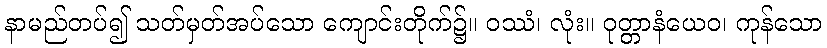
နာမည်တပ်၍ သတ်မှတ်အပ်သော ကျောင်းတိုက်၌။ ဝဿံ၊ လုံး။ ဝုတ္တာနံယေဝ၊ ကုန်သော